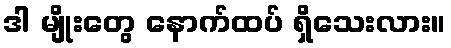
ဒါ မျိုးတွေ နောက်ထပ် ရှိသေးလား။